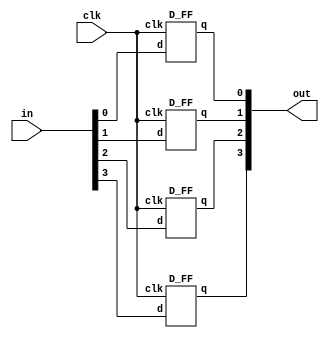
module parallel_register_4bit(
	input [3:0] in,
	input clk,
	output [3:0] out
);

	D_FF d1(clk, in[0], out[0]);
	D_FF d2(clk, in[1], out[1]);
	D_FF d3(clk, in[2], out[2]);
	D_FF d4(clk, in[3], out[3]);

endmodule

module D_FF(
	input clk,
	input d,
	output q
);

	and a1(q, d, 1);

endmodule